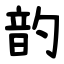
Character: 䪨